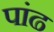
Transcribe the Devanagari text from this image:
पांढ